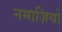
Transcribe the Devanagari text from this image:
नमाज़ियों